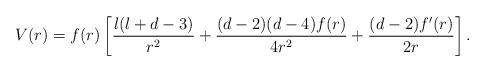
LaTeX: \begin{align*}V(r) = f(r) \left[ \frac{l(l+d-3)}{r^2} + \frac{(d-2)(d-4)f(r)}{4r^2} + \frac{(d-2)f'(r)}{2r} \right].\end{align*}